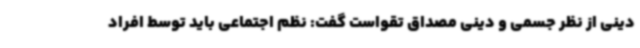
دینی از نظر جسمی و دینی مصداق تقواست گفت: نظم اجتماعی باید توسط افراد